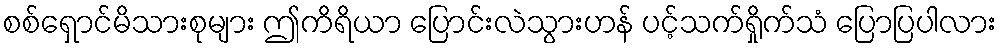
စစ်ရှောင်မိသားစုများ ဤကိရိယာ ပြောင်းလဲသွားဟန် ပင့်သက်ရှိုက်သံ ပြောပြပါလား